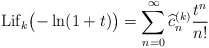
\begin{align*} {\rm Lif}_k\bigl(-\ln(1+t)\bigr)=\sum_{n=0}^\infty\widehat c_n^{(k)}\frac{t^n}{n!} \end{align*}